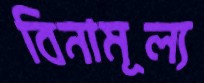
বিনামূল্য